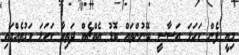
މިއީ ފެން ކަހަލަ އަސާސީ ބޭނުންތައް ބޮޑު އެއްޗެއް ދަތިވާ ކަހަލަ ވަގުތެއްގައި